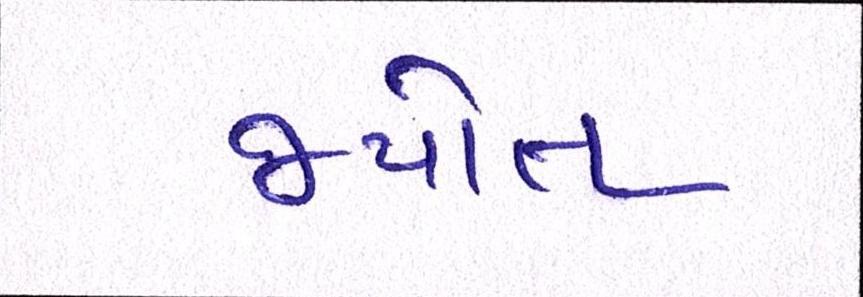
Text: જયોત